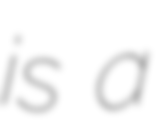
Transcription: is a